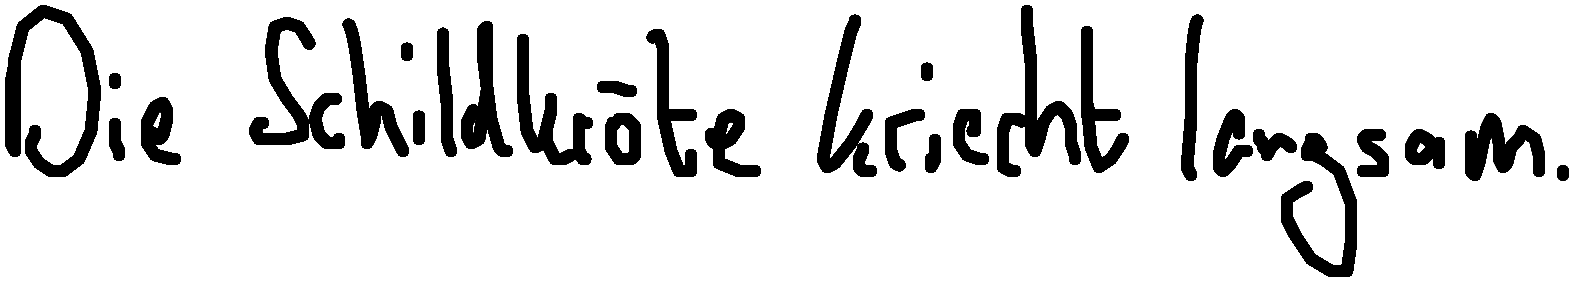
Die Schildkröte kriecht langsam.